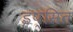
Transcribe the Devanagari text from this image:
इप्सितं